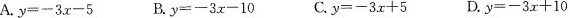
A.$$y=-3x-5$$ B.$$y=-3x-10$$ C.$$y=-3x+5$$ D.$$y=-3x+10$$